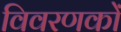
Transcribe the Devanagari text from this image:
विवरणकों